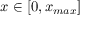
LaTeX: x \in [ 0 , x _ { m a x } ]